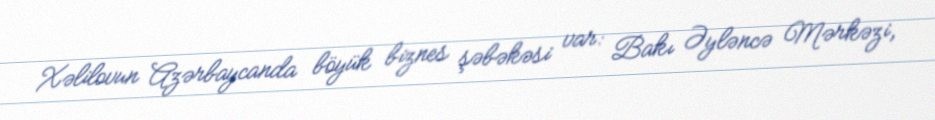
Xəlilovun Azərbaycanda böyük biznes şəbəkəsi var: Bakı Əyləncə Mərkəzi,